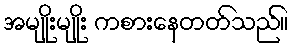
အမျိုးမျိုး ကစားနေတတ်သည်။